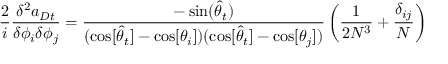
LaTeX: \frac { 2 } { i } \frac { \delta ^ { 2 } a _ { D t } } { \delta \phi _ { i } \delta \phi _ { j } } = \frac { - \sin ( \widehat { \theta } _ { t } ) } { ( \cos [ \widehat { \theta } _ { t } ] - \cos [ \theta _ { i } ] ) ( \cos [ \widehat { \theta } _ { t } ] - \cos [ \theta _ { j } ] ) } \left( \frac { 1 } { 2 N ^ { 3 } } + \frac { \delta _ { i j } } { N } \right)